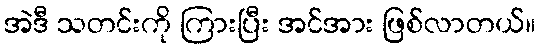
အဲဒီ သတင်းကို ကြားပြီး အင်အား ဖြစ်လာတယ်။